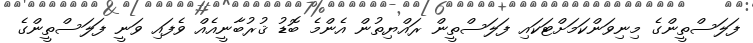
ފަލަސްތީންގެ މިނިވަންކަމަށްޓަކައި ފަލަސްތީން ރައްޔިތުން އެންމެ ބޮޑު ޤުރުބާނީއެއް ވެފައި ވަނީ ފަލަސްތީންގެ